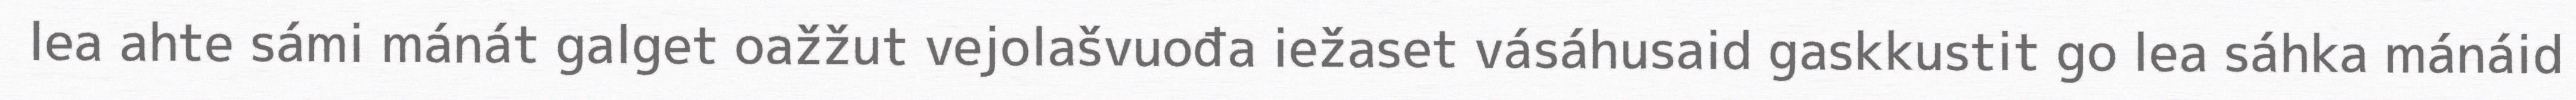
lea ahte sámi mánát galget oažžut vejolašvuođa iežaset vásáhusaid gaskkustit go lea sáhka mánáid